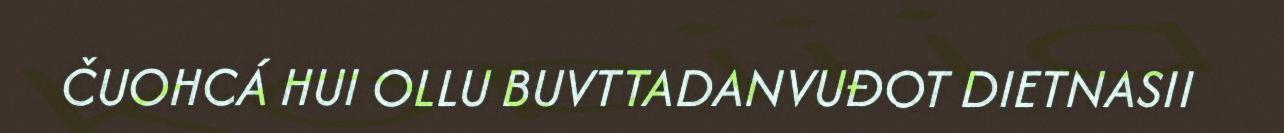
ČUOHCÁ HUI OLLU BUVTTADANVUĐOT DIETNASII